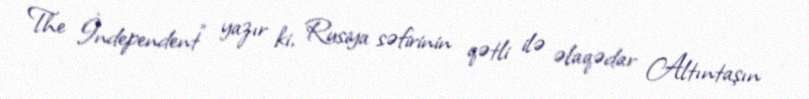
The İndependent" yazır ki, Rusiya səfirinin qətli ilə əlaqədar Altıntaşın